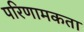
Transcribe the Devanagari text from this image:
परिणामकता